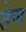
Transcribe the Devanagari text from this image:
तेण